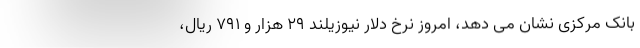
بانک مرکزی نشان می دهد، امروز نرخ دلار نیوزیلند ۲۹ هزار و ۷۹۱ ریال،